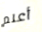
أعلم